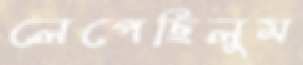
লেপেছিলুম